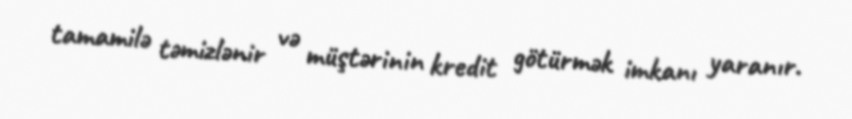
tamamilə təmizlənir və müştərinin kredit götürmək imkanı yaranır.